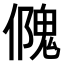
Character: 𠏁